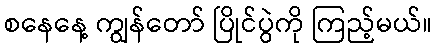
စနေနေ့ ကျွန်တော် ပြိုင်ပွဲကို ကြည့်မယ်။